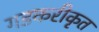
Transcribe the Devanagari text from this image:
गडकरीकृत